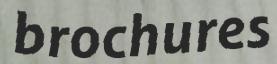
brochures